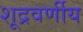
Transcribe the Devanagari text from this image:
शूद्रवर्णीय